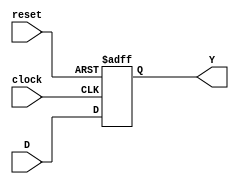
module ff__D(input wire clock,reset,input wire D,output reg Y);//se crea el flip-flop tipo d para utilizar el circuito
  always @ (posedge clock, posedge reset) begin
    if(reset) begin
      Y <= 1'b0; //un-blocking assignament
    end
    else
      Y <= D;
    end
endmodule

module FSM__Moore(input wire A, clock, reset, output wire Y1, Y2, Y3); //modulo de la maquina de FSM__Moore
                                                                      // que representa el problema 3
    wire S0, S1, S2;

    assign SF0 = ((A & S2 & S1) | (~A & ~S2 & S1) | (~A & S2 & ~S1) | (A & ~S2 & ~S1));
    assign SF1 = ((S1 & ~S0) | (~A & S1 & S2) | (A & ~S2 & S0));
    assign SF2 = ((S2 & S0) | (A & S1 & ~S0) | (~A & ~S1 & ~S0));// ser realizan las conexiones entre nuestros componentes
                                                                // y el estado futuro
    ff__D U1(clock, reset, SF0, S0);// se conecta nuestro circuito y los flip-flops tipo D
    ff__D U2(clock, reset, SF1, S1);
    ff__D U3(clock, reset, SF2, S2);

    assign Y1 = S0;// Se asignan el valor de las variables de salida
    assign Y2 = S1;
    assign Y3 = S2;
endmodule